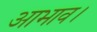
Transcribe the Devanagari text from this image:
आभाव।